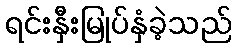
ရင်းနှီးမြုပ်နှံခဲ့သည်